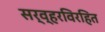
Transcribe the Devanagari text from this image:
सर्व्हरविरहित